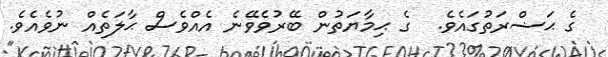
ގެ ޙަޟްރަތުގައެވެ.  ގެ ޙިމާޔަތުން ބޭރުވެވޭނެ އެއްވެސް ޙާލަތެއް ނުވެއެވެ.